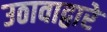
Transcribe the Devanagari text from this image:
उठावाद्वारे